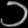
Digit: ၁